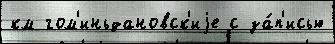
км гом'иньдановск'иjе с за́п'исью